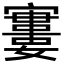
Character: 𡫤